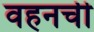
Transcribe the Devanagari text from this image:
वहनची